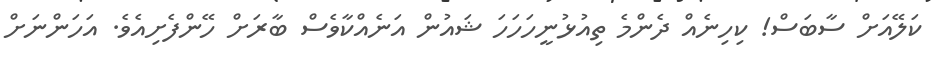
ކަލޭއަށް ސާބަސް! ކިހިނެއް ދެންމެ ތިއުޅުނީހަހަހަ ޝައުން އަނެއްކާވެސް ބާރަށް ހޭންފެށިއެވެ. އަހަންނަށް